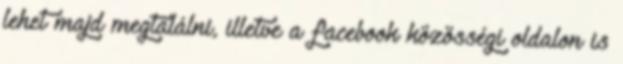
lehet majd megtalálni, illetve a facebook közösségi oldalon is